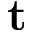
\textbf { t }